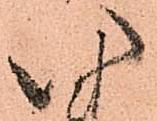
い